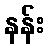
နန်း